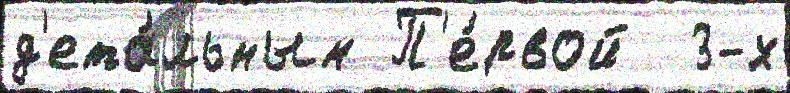
д'ета́льным П'е́рвой  3-х